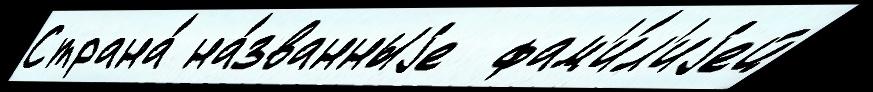
Страна́ на́званныjе  фам'и́л'иjей